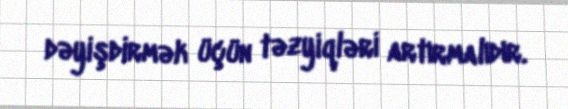
dəyişdirmək üçün təzyiqləri artırmalıdır.